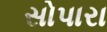
સોપારા